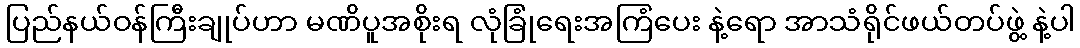
ပြည်နယ်ဝန်ကြီးချုပ်ဟာ မဏိပူအစိုးရ လုံခြုံရေးအကြံပေး နဲ့ရော အာသံရိုင်ဖယ်တပ်ဖွဲ့ နဲ့ပါ